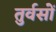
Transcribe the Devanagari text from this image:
तुर्वसों